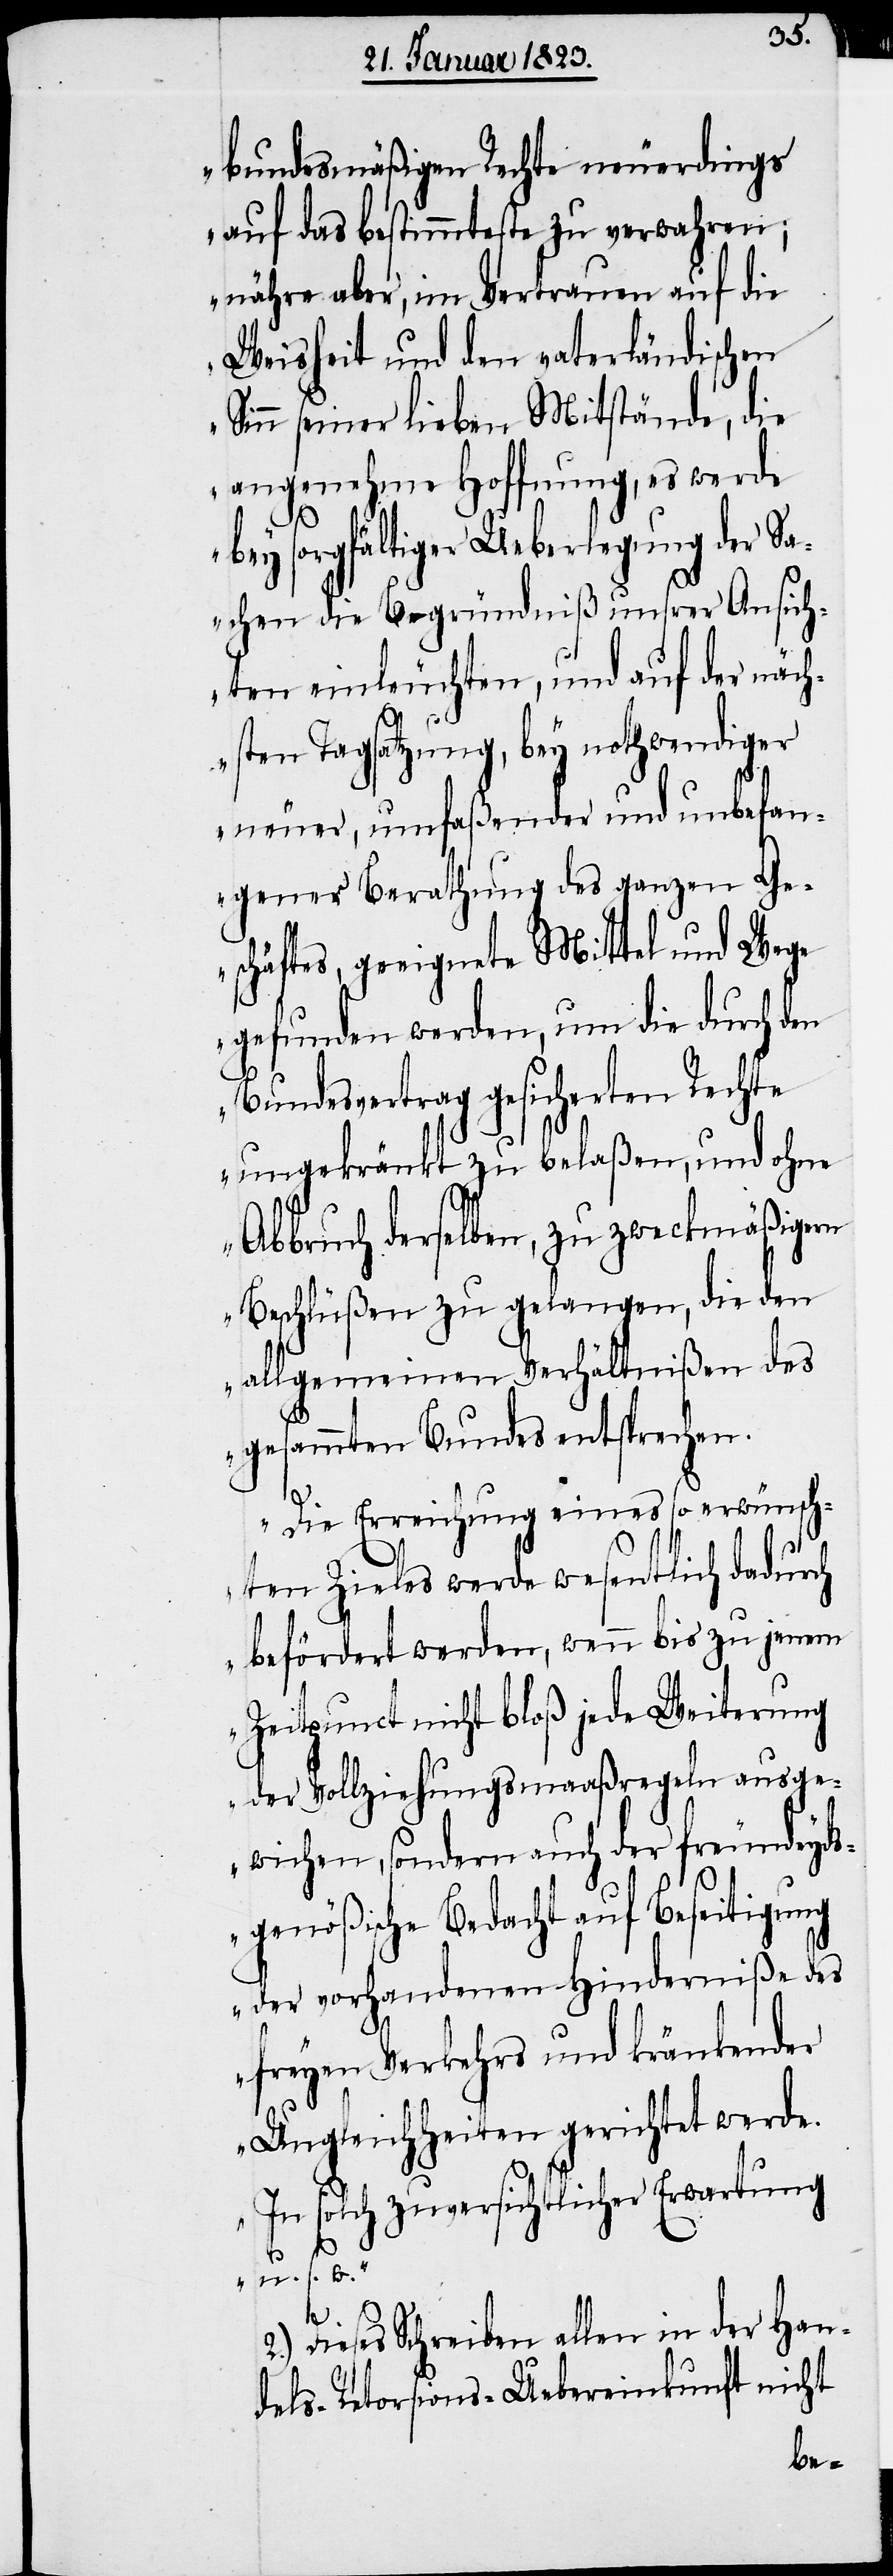
bundesmäßigen Rechte neuerdings
auf das bestimmteste zu verwahren;
nähre aber, im Vertrauen auf die
Weisheit und den vaterländischen
Sinn seiner lieben Mitstände, die
angenehme Hoffnung, es werde
bey sorgfältiger Ueberlegung der Sa¬
chen die Begründniß unsrer Ansich¬
ten einleuchten, und auf der näch¬
sten Tagsatzung, bey nothwendiger
neuer, umfaßender und unbefan¬
gener Berathung des ganzen Ge¬
schäftes, geeignete Mittel und Wege
gefunden werden, um die durch den
Bundesvertrag gesicherten Rechte
ungekränkt zu belaßen, und ohne
Abbruch derselben, zu zweckmäßigern
Beschlüßen zu gelangen, die den
allgemeinen Verhältnißen des
gesammten Bundes entsprechen.
Die Erreichung eines so erwünsch¬
ten Zieles werde wesentlich dadurch
befördert werden, wenn bis zu jenem
Zeitpunct nicht bloß jede Weiterung
der Vollziehungsmaaßregeln ausge¬
wichen, sondern auch der freundeyd¬
sgenößische Bedacht auf Beseitigung
der vorhandenen Hinderniße des
freyen Verkehrs und kränkender
Ungleichheiten gerichtet werde.
In solch zuversichtlicher Erwartung
u. s. w.“
2.) Dieses Schreiben allen in der Han¬
dels-Retorsions-Uebereinkunft nicht